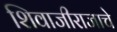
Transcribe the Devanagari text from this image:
शिवाजीराजाचे